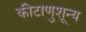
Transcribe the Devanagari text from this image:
कीटाणुशून्य